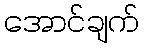
အောင်ချက်